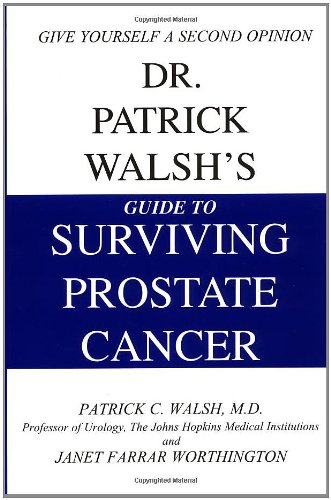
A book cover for Dr. Patrick Walsh's Guide to Surviving Prostate Cancer; Patrick C. Walsh; Health, Fitness & Dieting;